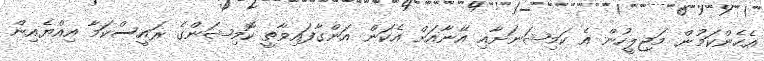
އެހެންކަމުން މަޖިލީހުން އެ ކަމިޝަނަށާއި އޭނާއަށް އެކަން އަންގާފައިވާތީ ކޮމިޝަންގެ ރައީސްކަމާ އިއްޔެއިން